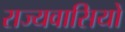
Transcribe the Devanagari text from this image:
राज्यवासियों